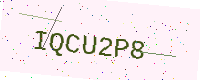
Text: IQCU2P8